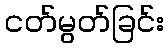
ငတ်မွတ်ခြင်း